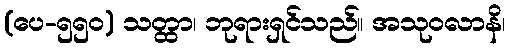
(ပေ-၅၅၀) သတ္ထာ၊ ဘုရားရှင်သည်။ အသုဝလာနိ၊